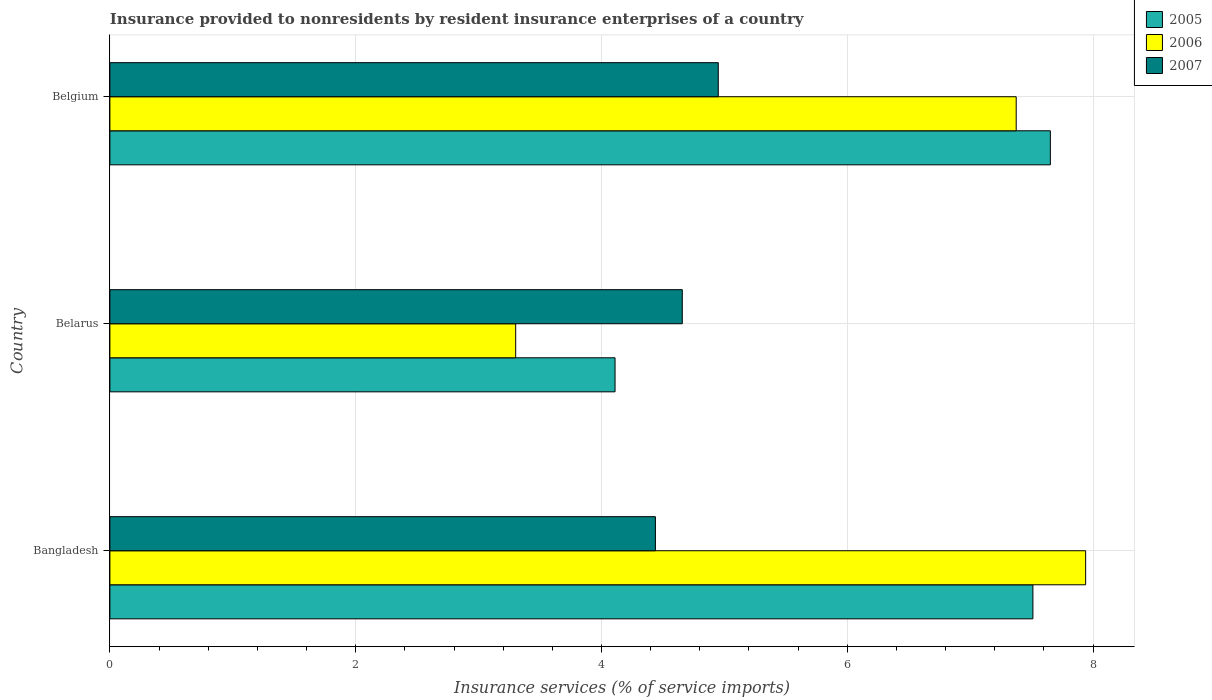
| Country | 2005 | 2006 | 2007 |
 | --- | --- | --- | --- |
 | Bangladesh | 7.51 | 7.94 | 4.44 |
 | Belarus | 4.11 | 3.3 | 4.66 |
 | Belgium | 7.65 | 7.37 | 4.95 |